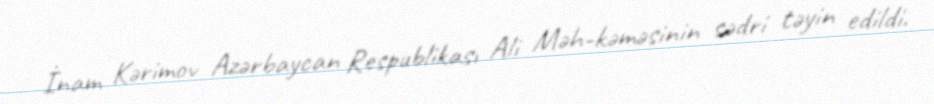
İnam Kərimov Azərbaycan Respublikası Ali Məh­kəməsinin sədri təyin edildi.